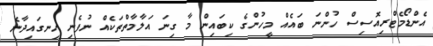
އެންޑޯމެޓްރިއޮސިސް ހުންނަ ބައެއް މީހުންގެ ކިބައިން މާ ގިނަ އަލާމާތްތަކެއް ނުފެނި ހިނގައިދާނެ